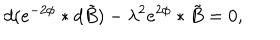
d ( e ^ { - 2 \phi } * d \tilde { B } ) - { \lambda } ^ { 2 } e ^ { 2 \phi } * \tilde { B } = 0 ,